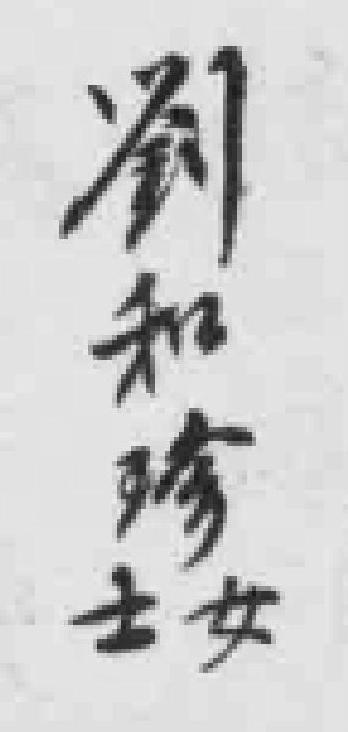
劉和珍士女